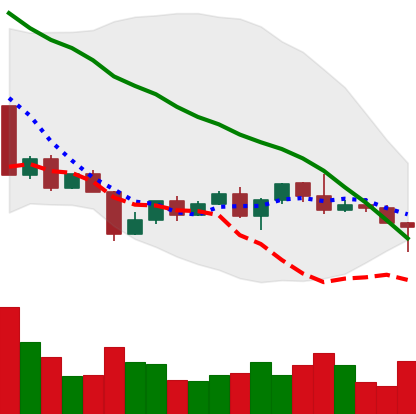
Ticker: NEO-USD
Chart end date: 2022-04-25
Forward return: -16.26%
Label: down_7plus